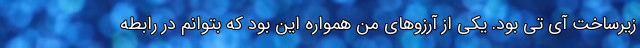
زیرساخت آی تی بود. یکی از آرزوهای من همواره این بود که بتوانم در رابطه